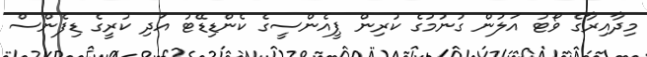
މިދާއިރާގެ ވޯޓު އަލުން ގުނުމުގެ ކުރިން ޕީއެންސީގެ ކެންޑިޑޭޓު އަދި ކުރީގެ ޑިފެންސް